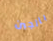
بالجبن